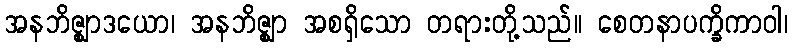
အနဘိဇ္ဈာဒယော၊ အနဘိဇ္ဈာ အစရှိသော တရားတို့သည်။ စေတနာပက္ခိကာဝါ၊